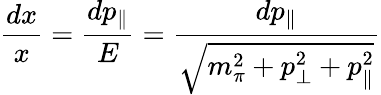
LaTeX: {\frac{dx}{x}}={\frac{dp_{\parallel}}{E}}={\frac{dp_{\parallel}}{\sqrt{m_{\pi}^{2}+p_{\perp}^{2}+p_{\parallel}^{2}}}}